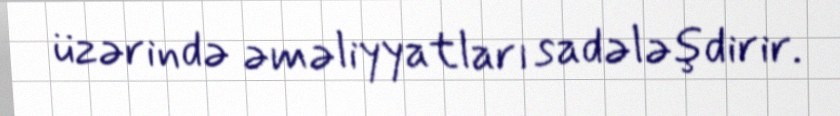
üzərində əməliyyatları sadələşdirir.